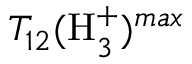
T _ { 1 2 } ( \mathrm { H } _ { 3 } ^ { + } ) ^ { m a x }